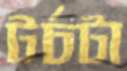
টর্চটা